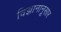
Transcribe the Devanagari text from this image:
विज्ञानानूसार